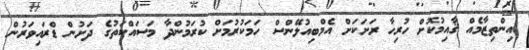
އިންތިޒާމެއް ޤާއިމުކޮށް ހުރިހާ ރަށަކަށް އެމްބިއުލޭންސް ހަމަކުރުމަށް ކުރަމުންދާ މަސައްކަތުގެ ދަށުން ޑްރައިވަރުން